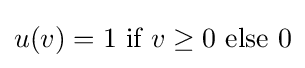
u(v)=1~{\text{if}}~v\geq 0~{\text{else}}~0